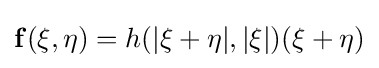
{\bf {f}}({\bf {\xi }},{\bf {\eta }})=h(|{\bf {\xi }}+{\bf {\eta }}|,|{\bf {\xi }}|)({\bf {\xi }}+{\bf {\eta }})